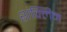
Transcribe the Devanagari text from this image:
शंक्लिन